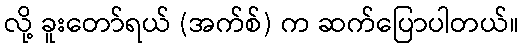
လို့ ခူးတော်ရယ် (အက်စ်) က ဆက်ပြောပါတယ်။